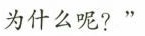
为什么呢?”